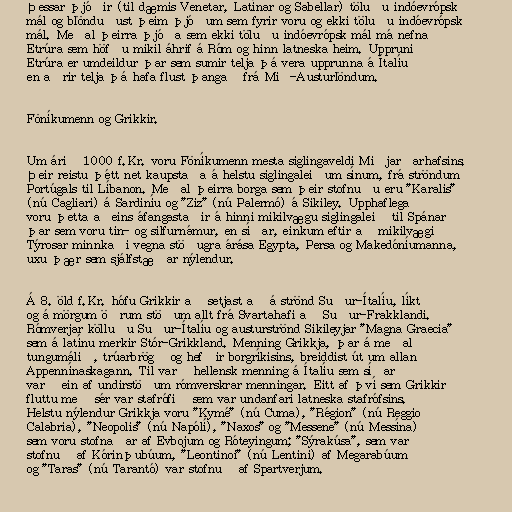
Þessar þjóðir (til dæmis Venetar, Latínar og Sabellar) töluðu indóevrópsk
mál og blönduðust þeim þjóðum sem fyrir voru og ekki töluðu indóevrópsk
mál. Meðal þeirra þjóða sem ekki töluðu indóevrópsk mál má nefna
Etrúra sem höfðu mikil áhrif á Róm og hinn latneska heim. Uppruni
Etrúra er umdeildur þar sem sumir telja þá vera upprunna á Ítalíu
en aðrir telja þá hafa flust þangað frá Mið-Austurlöndum.

Föníkumenn og Grikkir.

Um árið 1000 f.Kr. voru Föníkumenn mesta siglingaveldi Miðjarðarhafsins.
Þeir reistu þétt net kaupstaða á helstu siglingaleiðum sínum, frá ströndum
Portúgals til Líbanon. Meðal þeirra borga sem þeir stofnuðu eru "Karalis"
(nú Cagliari) á Sardiníu og "Ziz" (nú Palermó) á Sikiley. Upphaflega
voru þetta aðeins áfangastaðir á hinni mikilvægu siglingaleið til Spánar
þar sem voru tin- og silfurnámur, en síðar, einkum eftir að mikilvægi
Týrosar minnkaði vegna stöðugra árása Egypta, Persa og Makedóníumanna,
uxu þær sem sjálfstæðar nýlendur.

Á 8. öld f.Kr. hófu Grikkir að setjast að á strönd Suður-Ítalíu, líkt
og á mörgum öðrum stöðum allt frá Svartahafi að Suður-Frakklandi.
Rómverjar kölluðu Suður-Ítalíu og austurströnd Sikileyjar "Magna Graecia"
sem á latínu merkir Stór-Grikkland. Menning Grikkja, þar á meðal
tungumálið, trúarbrögð og hefðir borgríkisins, breiddist út um allan
Appennínaskagann. Til varð hellensk menning á Ítalíu sem síðar
varð ein af undirstöðum rómverskrar menningar. Eitt af því sem Grikkir
fluttu með sér var stafrófið sem var undanfari latneska stafrófsins.
Helstu nýlendur Grikkja voru "Kymé" (nú Cuma), "Région" (nú Reggio
Calabria), "Neopolis" (nú Napólí), "Naxos" og "Messene" (nú Messína)
sem voru stofnaðar af Evbojum og Róteyingum; "Sýrakúsa", sem var
stofnuð af Kórinþubúum, "Leontinoi" (nú Lentini) af Megarabúum
og "Taras" (nú Tarantó) var stofnuð af Spartverjum.